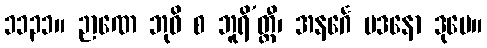
၁၁၃၁။ ဉာဏေ ဘုဝိ စ ဘူရိ’တ္တီ၊ အနင်္ဂေ မဒနော ဒုမေ။